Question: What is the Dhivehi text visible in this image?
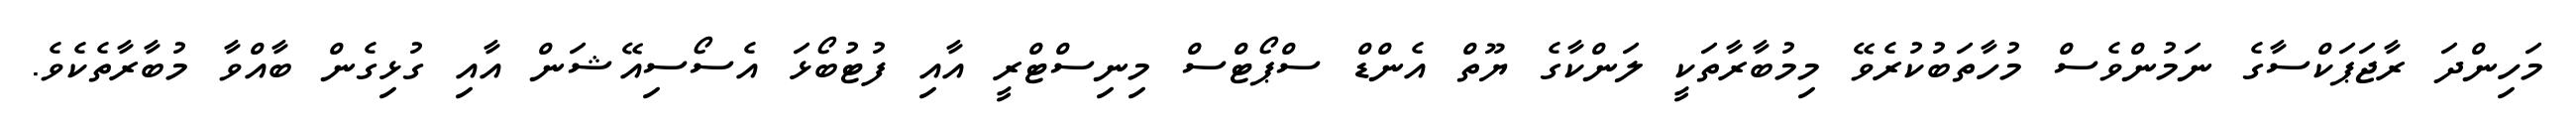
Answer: މަހިންދަ ރާޖަޕަކްސާގެ ނަމުންވެސް މުހާތަބުކުރެވޭ މިމުބާރާތަކީ ލަންކާގެ ޔޫތް އެންޑް ސްޕޯޓްސް މިނިސްޓްރީ އާއި ފުޓުބޯޅަ އެސޯސިއޭޝަން އާއި ގުޅިގެން ބާއްވާ މުބާރާތެކެވެ.